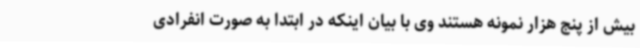
بیش از پنج هزار نمونه هستند وی با بیان اینکه در ابتدا به صورت انفرادی